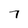
Character: 7